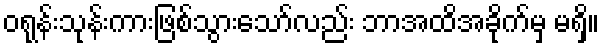
ဝရုန်းသုန်းကားဖြစ်သွားသော်လည်း ဘာအထိအခိုက်မှ မရှိ။